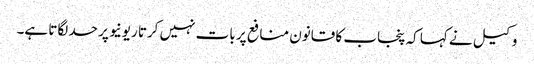
وکیل نے کہا کہ پنجاب کا قانون منافع پر بات نہیں کرتا ریونیو پر حد لگاتا ہے۔